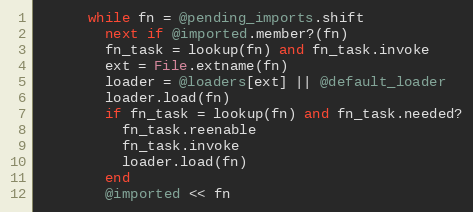
Language: Ruby
      while fn = @pending_imports.shift
        next if @imported.member?(fn)
        fn_task = lookup(fn) and fn_task.invoke
        ext = File.extname(fn)
        loader = @loaders[ext] || @default_loader
        loader.load(fn)
        if fn_task = lookup(fn) and fn_task.needed?
          fn_task.reenable
          fn_task.invoke
          loader.load(fn)
        end
        @imported << fn